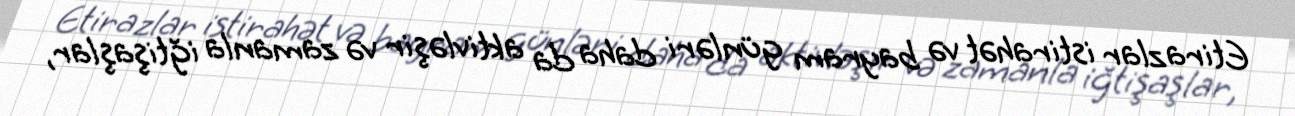
Etirazlar istirahət və bayram günləri daha da aktivləşir və zamanla iğtişaşlar,